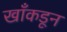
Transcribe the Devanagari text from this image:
खाँकडून